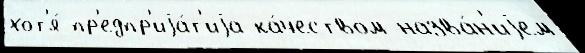
хот'я́ пр'едпр'иjа́т'иjа ка́чеством назва́н'иjем